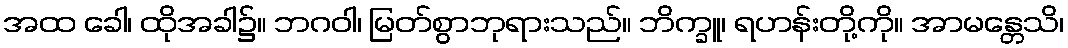
အထ ခေါ၊ ထိုအခါ၌။ ဘဂဝါ၊ မြတ်စွာဘုရားသည်။ ဘိက္ခူ၊ ရဟန်းတို့ကို။ အာမန္တေသိ၊